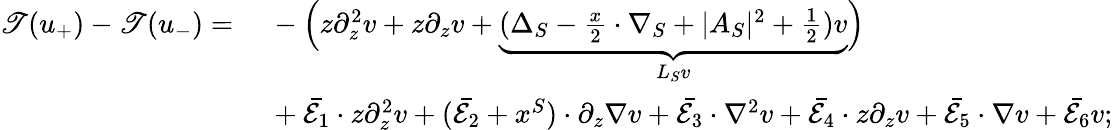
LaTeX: \begin{array}{rl}{\mathscr{T}(u_{+})-\mathscr{T}(u_{-})=}&{\ -\Big(z\partial_{z}^{2}v+z\partial_{z}v+\underbrace{(\Delta_{S}-\frac{x}{2}\cdot\nabla_{S}+|A_{S}|^{2}+\frac{1}{2})v}_{L_{S}v}\Big)}\\ &{\ +\bar{\mathcal{E}_{1}}\cdot z\partial_{z}^{2}v+(\bar{\mathcal{E}_{2}}+x^{S})\cdot\partial_{z}\nabla v+\bar{\mathcal{E}_{3}}\cdot\nabla^{2}v+\bar{\mathcal{E}_{4}}\cdot z\partial_{z}v+\bar{\mathcal{E}_{5}}\cdot\nabla v+\bar{\mathcal{E}_{6}}v;}\end{array}